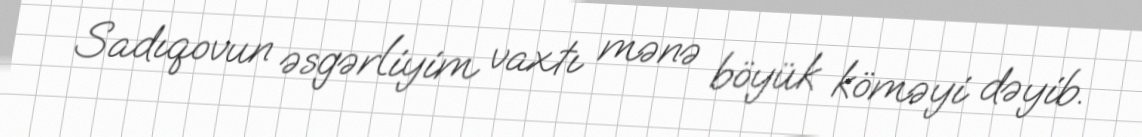
Sadıqovun əsgərliyim vaxtı mənə böyük köməyi dəyib.